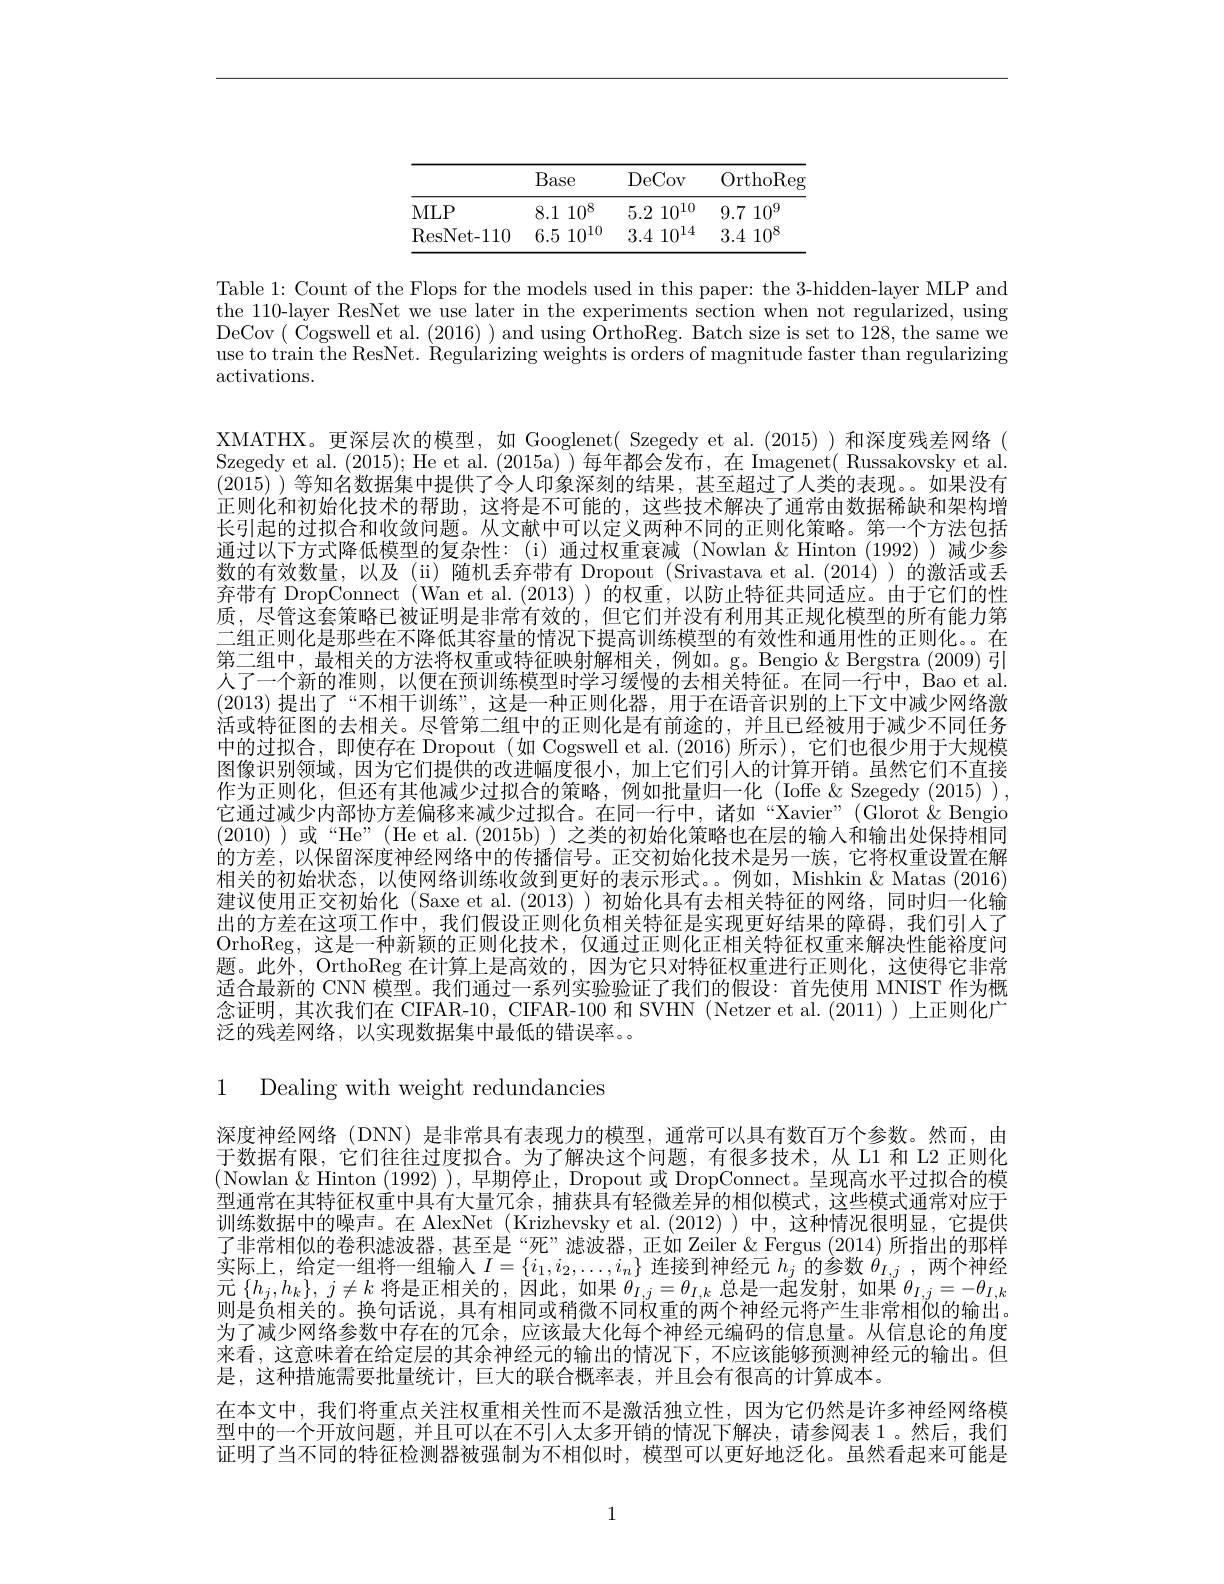
<table>
	<tbody>
		<tr>
			<th> </th>
			<th>Base</th>
			<th>DeCov</th>
			<th>OrthoReg</th>
		</tr>
		<tr>
			<td>MLP</td>
			<td>8.1 $10^{8}$</td>
			<td>5.2 $10^{10}$</td>
			<td>9.71 $10^9$</td>
		</tr>
		<tr>
			<td>ResNet- 110</td>
			<td>6.5 $10^{10}$</td>
			<td>$3.4~10^{14}$</td>
			<td>$3.4~10^{8}$</td>
		</tr>
	</tbody>
</table>

Table 1: Count of the Flops for the models used in this paper: the 3-hidden-layer MLP and the 110-layer ResNet we use later in the experiments section when not regularized, using DeCov( Cogswell et al. (2016) ) and using ÖrthoReg. Batch size is set to 128, the same we use to train the ResNet. Regularizing weights is orders of magnitude faster than regularizing $\operatorname{activations}.$

XMATHX。更深层次的模型，如 Googlenet( Szegedy et al.(2015))和深度残差网络( Szegedy et al. (2015); He et al. (2015a) )每年都会发布，在 Imagenet( Russakovsky et al. (2015) )等知名数据集中提供了令人印象深刻的结果，甚至超过了人类的表现。如果没有正则化和初始化技术的帮助，这将是不可能的，这些技术解决了通常由数据稀缺和架构增长引起的过拟合和收敛问题。从文献中可以定义两种不同的正则化策略。第一个方法包括通过以下方式降低模型的复杂性：(i)通过权重衰减(Nowlan&Hinton (1992))减少参数的有效数量，以及($\"{i})随机丢弃带有 Dropout (Srivastava et al.(2014))的激活或丢$ 弃带有 DropConnect (Wan et al.(2013))的权重，以防止特征共同适应。由于它们的性质，尽管这套策略已被证明是非常有效的，但它们并没有利用其正规化模型的所有能力第二组正则化是那些在不降低其容量的情况下提高训练模型的有效性和通用性的正则化。。在第二组中，最相关的方法将权重或特征映射解相关，例如。g。Bengio& Bergstra (2009) 引人了一个新的准则，以便在预训练模型时学习缓慢的去相关特征。在同一行中，Bao et al. (2013)提出了“不相干训练”,这是一种正则化器，用于在语音识别的上下文中减少网络激活或特征图的去相关。尽管第二组中的正则化是有前途的，并且已经被用于减少不同任务中的过拟合，即使存在 Dropout(如 Cogswell et al.(2016)所示),它们也很少用于大规模图像识别领域，因为它们提供的改进幅度很小，加上它们引人的计算开销。虽然它们不直接作为正则化，但还有其他减少过拟合的策略，例如批量归一化(Ioffe &Szegedy (2015)), 它通过减少内部协方差偏移来减少过拟合。在同一行中，诸如“Xavier”(Glorot $\&$ Bengio (2010) )或“He”(He et al.(2015b) ) 之类的初始化策略也在层的输入和输出处保持相同的方差，以保留深度神经网络中的传播信号。正交初始化技术是另一族，它将权重设置在解相关的初始状态，以使网络训练收敛到更好的表示形式。。例如，Mishkin & Matas (2016) 建议使用正交初始化 (Saxe et al.(2013))初始化具有去相关特征的网络，同时归一化输出的方差在这项工作中，我们假设正则化负相关特征是实现更好结果的障碍，我们引人了OrhoReg, 这是一种新颖的正则化技术，仅通过正则化正相关特征权重来解决性能裕度问题。此外，OrthoReg 在计算上是高效的，因为它只对特征权重进行正则化，这使得它非常适合最新的 CNN 模型。我们通过一系列实验验证了我们的假设：首先使用 MNIST 作为概念证明，其次我们在 CIFAR-10, CIFAR-100 和 SVHN (Netzer et al.(2011) )上正则化广泛的残差网络，以实现数据集中最低的错误率。

1 Dealing with weight redundancies

深度神经网络 (DNN) 是非常具有表现力的模型，通常可以具有数百万个参数。然而，由于数据有限，它们往往过度拟合。为了解决这个问题，有很多技术，从 L1 和 L2 正则化(Nowlan&Hinton (1992) ),早期停止，Dropout 或 DropConnect。呈现高水平过拟合的模型通常在其特征权重中具有大量冗余，捕获具有轻微差异的相似模式，这些模式通常对应于训练数据中的噪声。在 AlexNet (Krizhevsky et al. (2012))中，这种情况很明显，它提供了非常相似的卷积滤波器，甚至是“死”滤波器，正如 Zeiler&Fergus(2014)所指出的那样实际上，给定一组将一组输入$I=\{i_1,i_2,\ldots,i_n\}$连接到神经元$h_j$的参数$\theta_{I,j}$ ,两个神经元$\left\{h_j,h_k\right\},j\neq k$将是正相关的，因此，如果$\theta_I,j=\theta_{I,k}$总是一起发射，如果$\theta_I,j=-\theta_{I,k}$ 则是负相关的。换句话说，具有相同或稍微不同权重的两个神经元将产生非常相似的输出。为了减少网络参数中存在的冗余，应该最大化每个神经元编码的信息量。从信息论的角度来看，这意味着在给定层的其余神经元的输出的情况下，不应该能够预测神经元的输出。但是，这种措施需要批量统计，巨大的联合概率表，并且会有很高的计算成本。
在本文中，我们将重点关注权重相关性而不是激活独立性，因为它仍然是许多神经网络模型中的一个开放问题，并且可以在不引人太多开销的情况下解决，请参阅表 1。然后，我们证明了当不同的特征检测器被强制为不相似时，模型可以更好地泛化。虽然看起来可能是

1